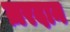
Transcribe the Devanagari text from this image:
ज़रदान